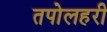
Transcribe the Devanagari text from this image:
तपोलहरी